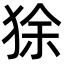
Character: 狳